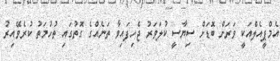
އެމްޕީއެލްއަކީ ވަރަށް ބޮޑަށް ސިޔާސީ ކުލަވަރު ޖެހިފައިވާ ތަނެއްގެ ގޮތުގައި ތުހުމަތު ކުރެވޭއިރު